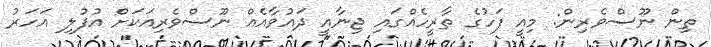
ތިން ނޫސްވެރިން: މިއީ ފަހުގެ ތާރީހެއްގައި ޖިނާއީ ދައުވާއެއް ނޫސްވެރިއަކަށް އުފުލި އަހަރު